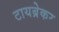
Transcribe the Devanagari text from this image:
टायब्रेकर